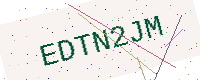
Text: EDTN2JM